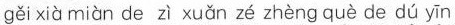
gěi xià miàn de zì xuǎn zé zhèng què de dú yīn